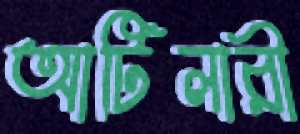
আটিলারী